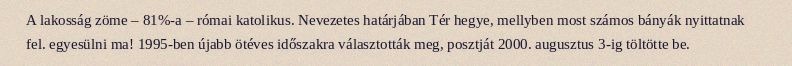
A lakosság zöme – 81%-a – római katolikus. Nevezetes határjában Tér hegye, mellyben most számos bányák nyittatnak fel. egyesülni ma! 1995-ben újabb ötéves időszakra választották meg, posztját 2000. augusztus 3-ig töltötte be.